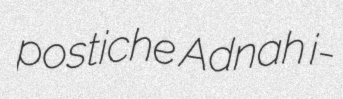
postiche Adnah i-